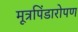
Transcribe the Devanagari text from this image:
मूत्रपिंडारोपण